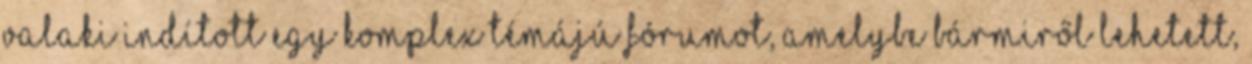
valaki indított egy komplex témájú fórumot, amelybe bármiről lehetett,